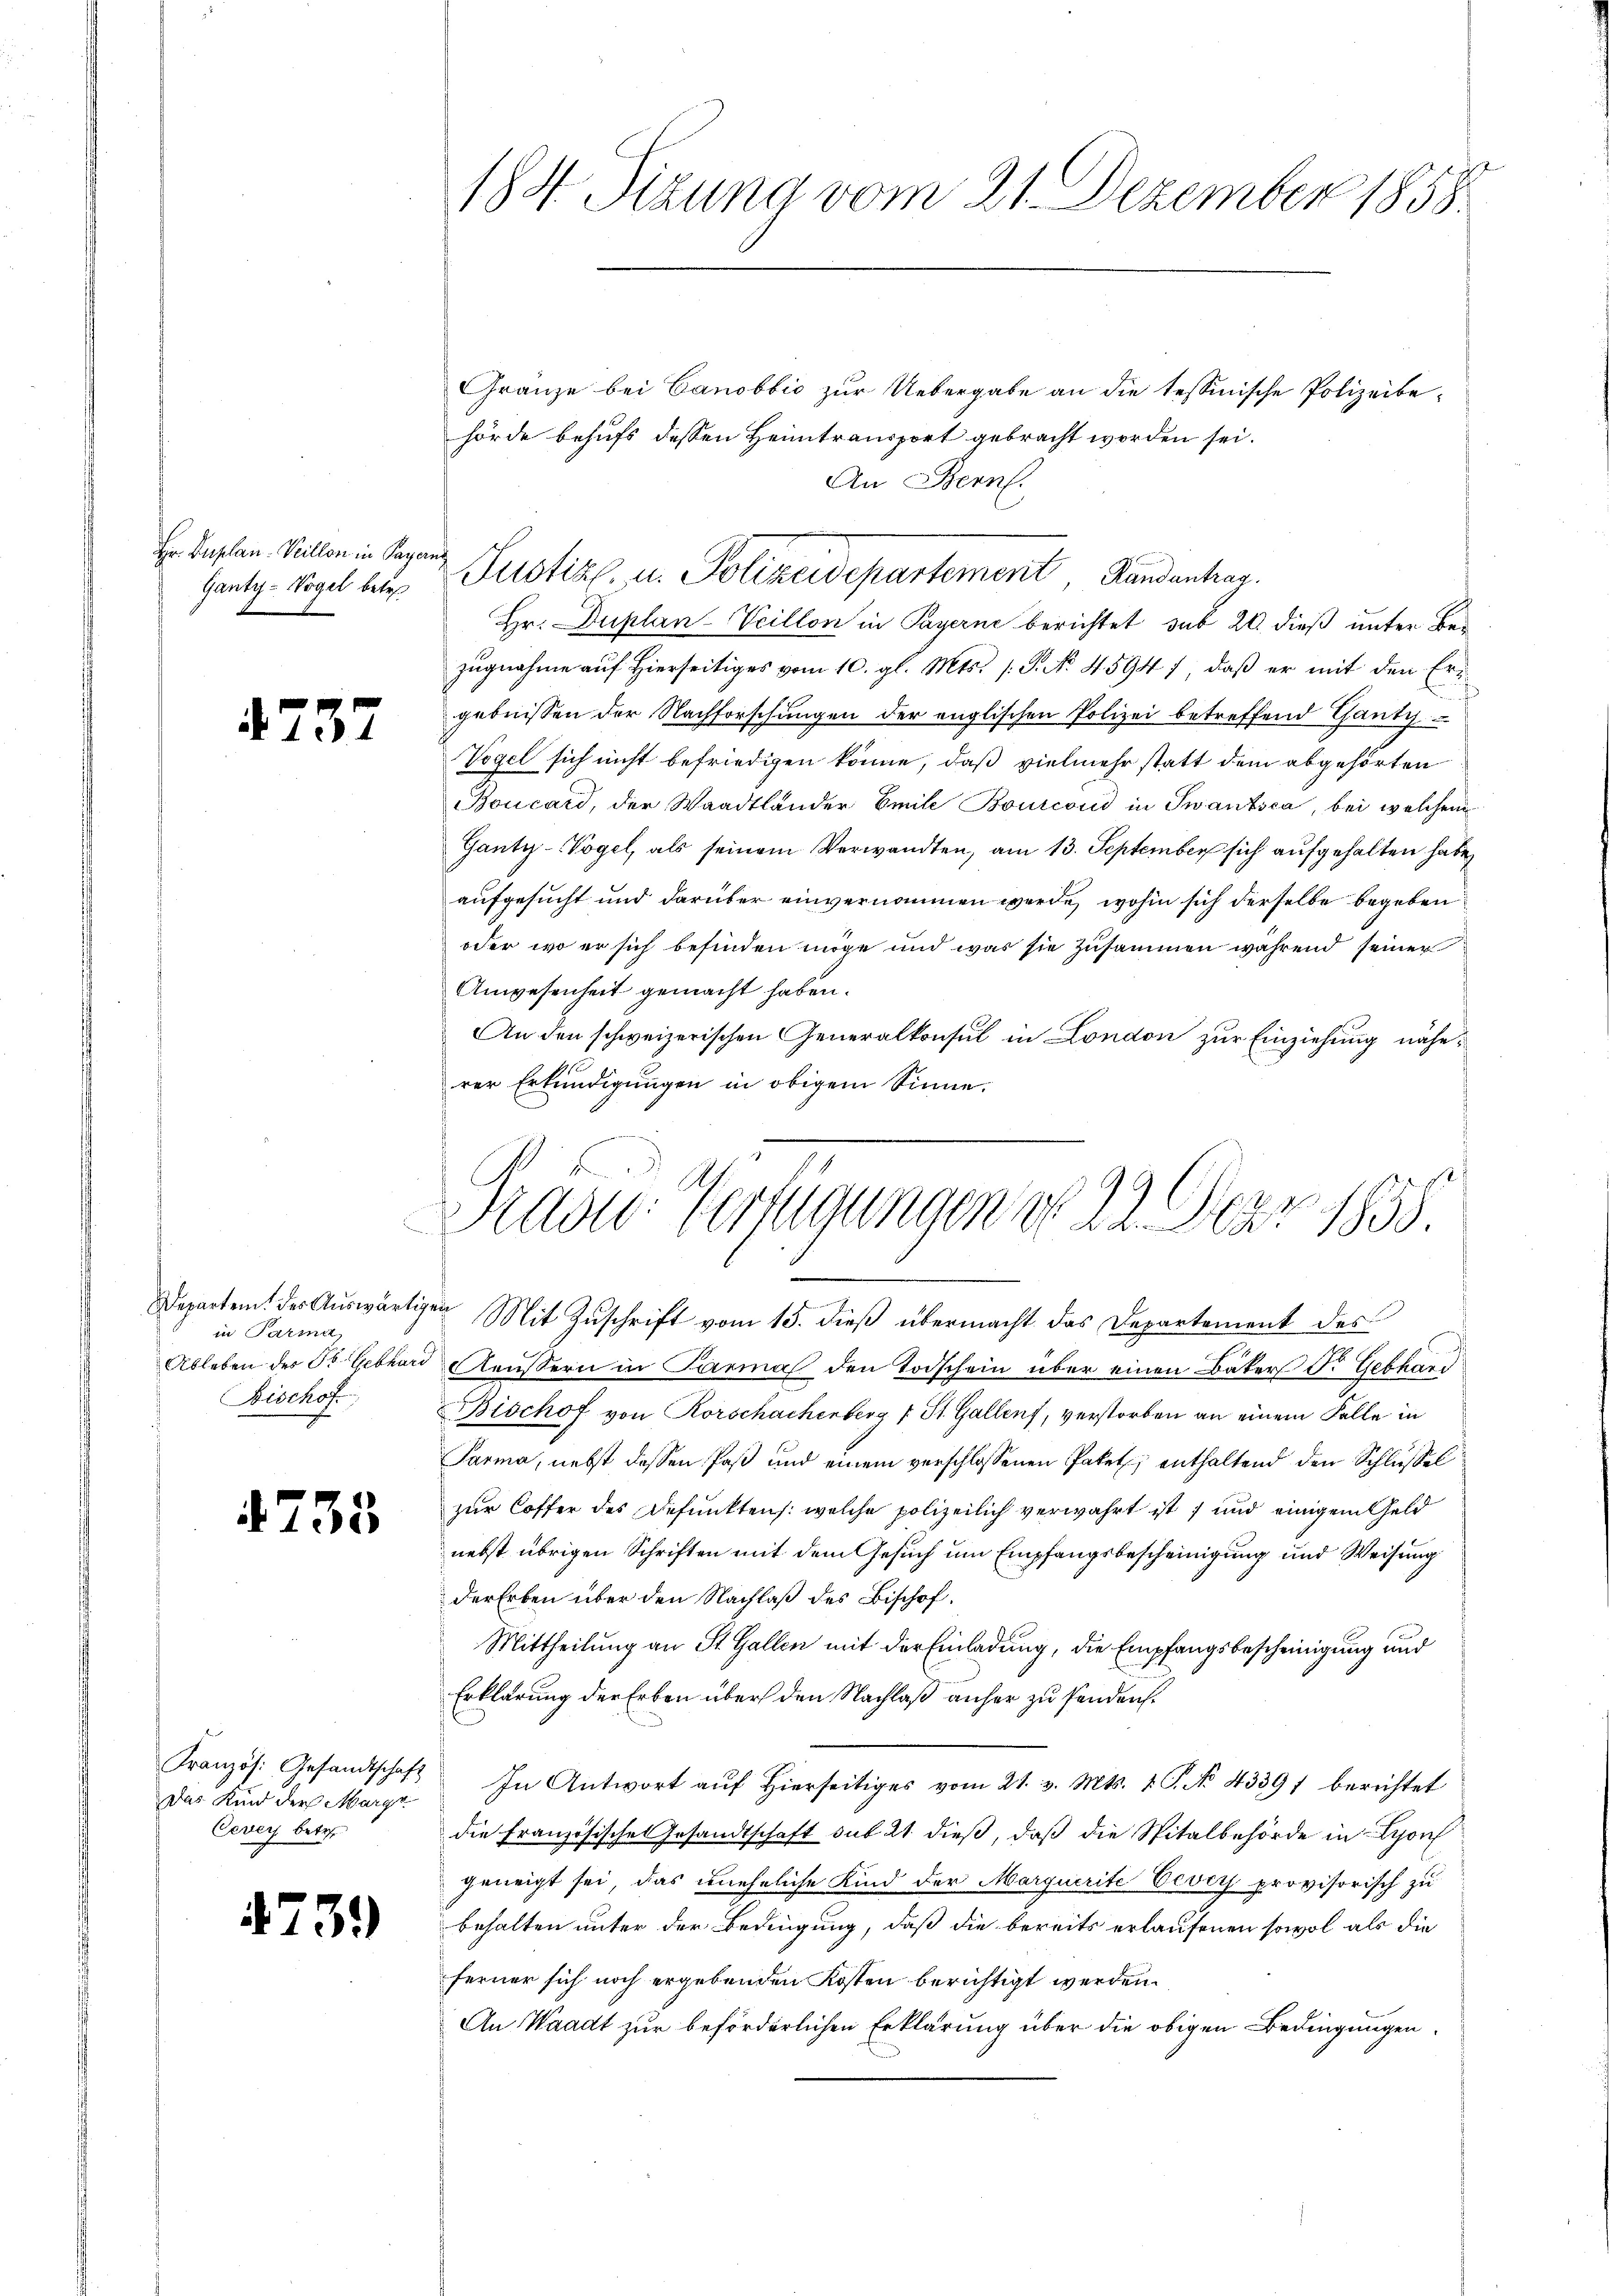
Hr. Duplan. Veillon in Payer
Ganty-Vogel betr

4737

Departem des Auswärtig
in Parma
Ableben des St. Gebhard
Bischof

4738

Französ. Gesandtschaft
Das Kind der Marge
Cevers betr.

4739)

184. Sizung vom 21. Dezember 1858.

Gränze bei Canobbio zur Uebergabe an die tessinische Polizeibehörde behufs dessen Heimtransport gebracht worden sei.
An Bern.
Hr. Duplan-Veillon in Payerne berichtet sub 20. dieß unter Bezŭgnahme aŭf hierseitiges vom 10. gl. Mts. (T. No. 4594 f, daβ er mit den Eri
h
gebnissen der Nachforschungen der englischen Polizei betreffend Thanty
Vogel sich nicht befriedigen könne, daß vielmehr statt dem abgehörten
Boucard, der Waadtländer Emile Bourcond in Twantsca, bei welchem
Ganty-Vogel, als seinem Verwandten, am 13. September sich aufgehalten habe
aufgesucht und darüber einvernommen werde, wohin sich derselbe begeben
oder wo er sich befinden möge und was sie zusammen während seiner
Anwesenheit gemacht haben.
An den schweizerischen Generalkonsul in London zur Einziehung näherer Erkundigungen in obigem Sinne.
e
Mit Zuschrift vom 15. dieß übermacht das Departement des
Aeussern in Parma den Todschein über einen Bäker d. Gebhard
Bischof von Rorschachenberg (St. Gallenz, verstorben an einem Falle in
Parma, nebst dassen Paß und einem verschlossenen Paket, enthaltend den Schlüssel
zur Coffer des Defunktens: welche polizeilich verwahrt ist, und einigem Geld
nebst übrigen Schriften mit dem Gesuch um Empfangsbescheinigung und Weisung
der Erben über den Nachlaß des Bischof¬
Mittheilung an St. Gallen mit der Einladung, die Empfangsbescheinigung und
Erklärung der Erben über den Nachlaß anher zu senden.
In Antwort aŭf hierseitiges vom 21. v. Mts. 1. C. No. 43391 berichtet
die Französische Gesandtschaft sub 21. dieß, daß die Spitalbehörde in Lyon
geneigt sei, das uneheliche Kind der Marquerite Vevey provisorisch zu
behalten unter der Bedingung, daß die bereits erlaufenen sowol als die
ferner sich noch ergebenden Kosten berichtigt werden.
An Waadt zur beförderlichen Erklärung über die obigen Bedingungen

Justiz, u. Polizeidepartement Handenhar

Prast. Vorzugungen d. 22. März 1858.